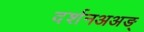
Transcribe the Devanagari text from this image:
दर्शनअअङ्